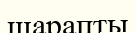
шарапты